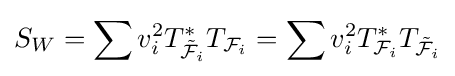
S_{W}=\sum v_{i}^{2}T_{{\tilde {\mathcal {F}}}_{i}}^{\ast }T_{{\mathcal {F}}_{i}}=\sum v_{i}^{2}T_{{\mathcal {F}}_{i}}^{\ast }T_{{\tilde {\mathcal {F}}}_{i}}